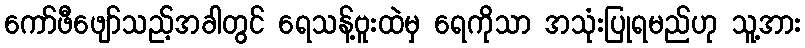
ကော်ဖီဖျော်သည့်အခါတွင် ရေသန့်ဗူးထဲမှ ရေကိုသာ အသုံးပြုရမည်ဟု သူ့အား